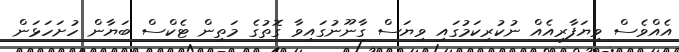
އެއްވެސް ވިޔަފާރިއެއް ނުކުރިކަމުގައި ވިޔަސް ގާނޫނުގައިވާ ގޮތުގެ މަތިން ޓެކްސް ބަޔާން ހުށަހަޅަން